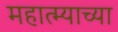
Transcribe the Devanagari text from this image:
महात्म्याच्या